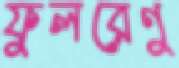
ফুলরেণু